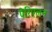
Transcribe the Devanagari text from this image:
पेरिएलन